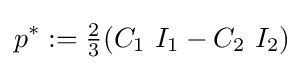
p^{*}:={\tfrac {2}{3}}(C_{1}~I_{1}-C_{2}~I_{2})